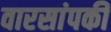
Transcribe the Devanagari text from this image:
वारसांपकी